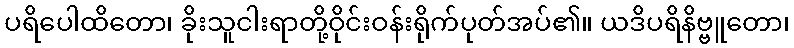
ပရိပေါထိတော၊ ခိုးသူငါးရာတို့ဝိုင်းဝန်းရိုက်ပုတ်အပ်၏။ ယဒိပရိနိဗ္ဗူတော၊